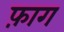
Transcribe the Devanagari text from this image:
फ़ाग